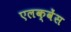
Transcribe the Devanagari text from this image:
एलक्वेंस